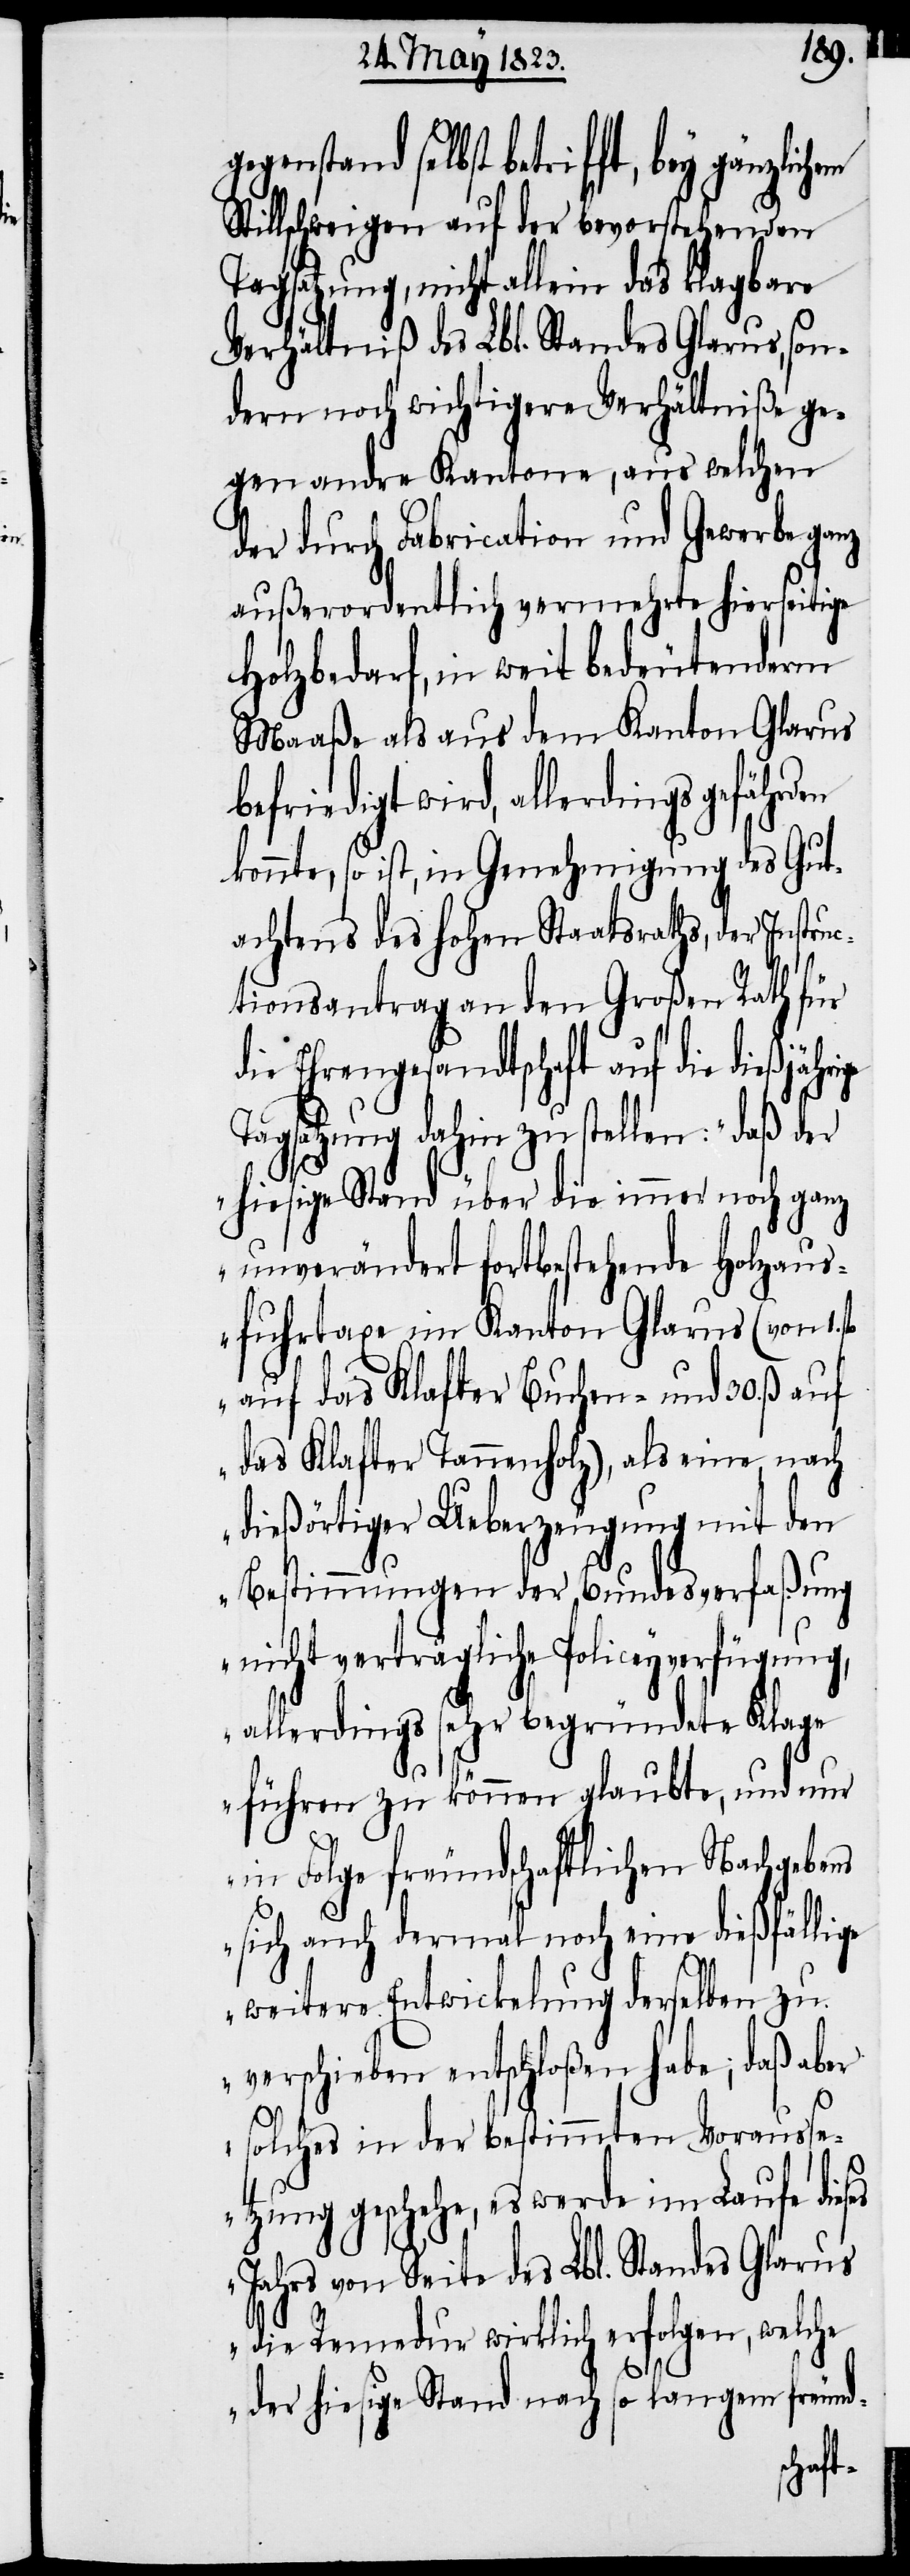
gegenstand selbst betrifft,
Stillschweigen auf der bevorstehenden
Tagsatzung, nicht allein das klagbare
Verhältniß des Lbl. Standes Glarus, son¬
dern noch wichtigere Verhältniße ge¬
gen andre Kantone, aus welchen
der durch Fabrication und Gewerbe ganz
außerordentlich vermehrte hierseitige
Holzbedarf, in weit bedeutenderm
Maaße als aus dem Kanton Glarus
befriedigt wird, allerdings gefährd¬
konnte, so ist, in Genehmigung des Gut¬
achtens des hohen Staatsraths, der Instru¬
ctionsantrag an den Großen Rath für
die Ehrengesandtschaft auf die dießjähr¬
Tagsatzung dahin zu stellen: „daß der
hiesige Stand über die immer noch ganz
unverändert fortbestehende Holzaus¬
fuhrtaxe im Kanton Glarus (von 1.
auf das Klafter Buchen- und 30. ß.
das Klafter Tannenholz), als eine nach
dießörtiger Ueberzeugung mit den
Bestimmungen der Bundesverfaßung
nicht verträgliche Policeyverfügung,
allerdings sehr begründete Klage
führen zu können glaubte, und nur
ge
in Folge freundschaftlichen Nachgebens
sich auch dermal noch eine dießfälli¬
weitere Entwickelung derselben zu
verschieben entschloßen habe; daß aber
solches in der bestimmten Vorausse¬
tzung geschehe, es werde im Laufe dieses
Jahrs von Seite des Lbl. Standes Glarus
die Remedur wirklich erfolgen, welche
der hiesige Stand nach so langem freund-